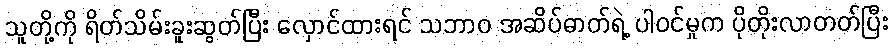
သူတို့ကို ရိတ်သိမ်းခူးဆွတ်ပြီး လှောင်ထားရင် သဘာဝ အဆိပ်ဓာတ်ရဲ့ ပါဝင်မှုက ပိုတိုးလာတတ်ပြီး